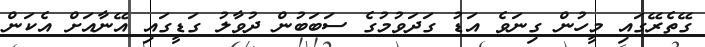
ގޭތެރޭގައި މީހުން ގިނަވެ އަޑު ގަދަވުމުގެ ސަބަބުން ދުވާލު ގަޑީގައި އޭނާއަށް އެކަން